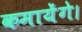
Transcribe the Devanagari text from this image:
कमायेंगे।